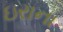
ઇરાના